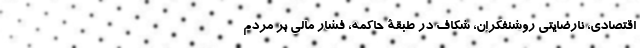
اقتصادی، نارضایتی روشنفکران، شکاف در طبقۀ حاکمه، فشار مالی بر مردم